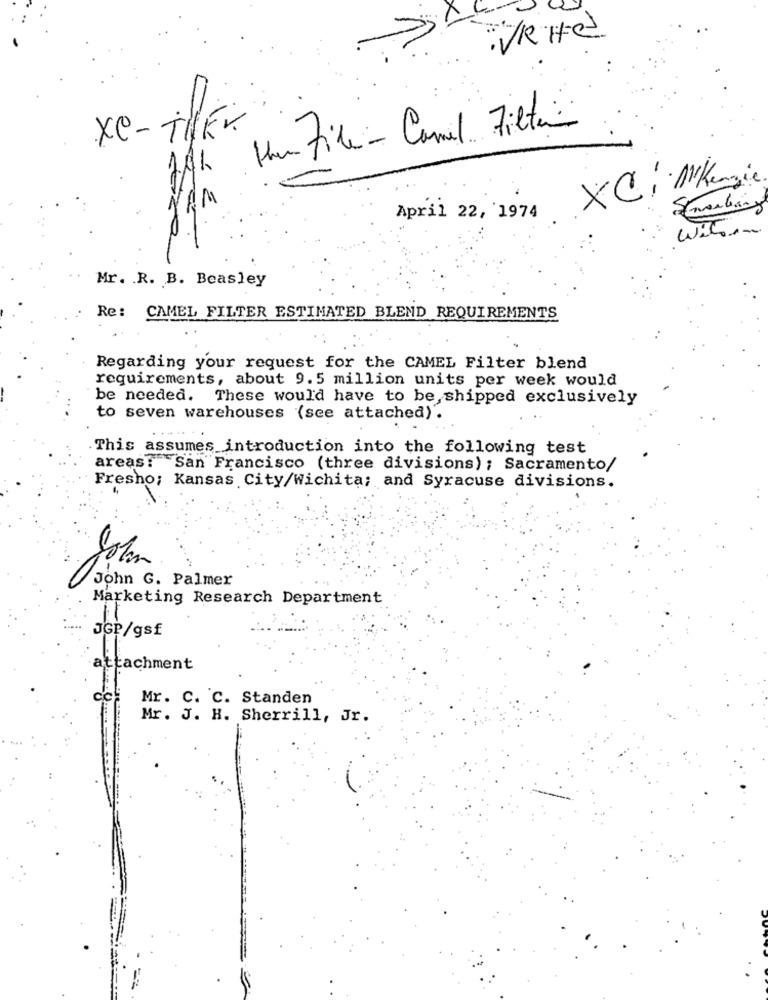
VR Hed
thin File - Camil Filter
XC-THEY.
XC. . MaKenzie
April 22, 1974
with
Mr. R. B. Beasley
Re: CAMEL FILTER ESTIMATED BLEND REQUIREMENTS
Regarding your request for the CAMEL Filter blend
requirements, about 9.5 million units per week would
be needed. These would have to be, shipped exclusively
to seven warehouses (see attached) .
This assumes introduction into the following test
areas: San Francisco (three divisions) ; Sacramento/
Fresno; Kansas City/Wichita; and Syracuse divisions.
Solan
John G. Palmer
Marketing Research Department
JGP/gsf
attachment
Mr. C. C. Standen
Mr. J. H. Sherrill, Jr.